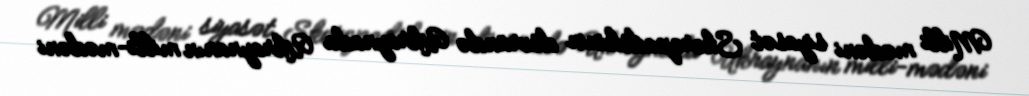
Milli mədəni siyasət Skoropadskinin dövründə Ukraynada Ukraynanın milli-mədəni